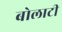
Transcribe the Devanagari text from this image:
बोलाटी